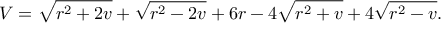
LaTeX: V = \sqrt { r ^ { 2 } + 2 v } + \sqrt { r ^ { 2 } - 2 v } + 6 r - 4 \sqrt { r ^ { 2 } + v } + 4 \sqrt { r ^ { 2 } - v } .